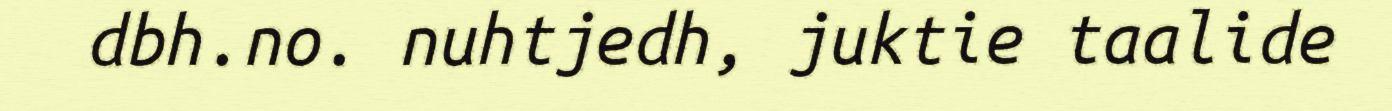
dbh.no. nuhtjedh, juktie taalide